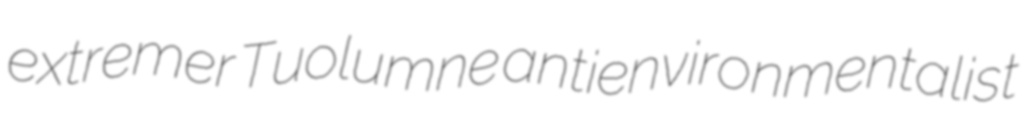
extremer Tuolumne antienvironmentalist